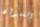
العنوان